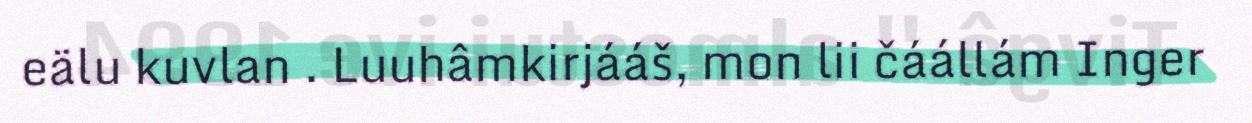
eälu kuvlan . Luuhâmkirjááš, mon lii čáállám Inger